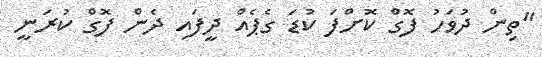
"ތިން ދުވަހު ފޮގް ކޮށްފަ ކުޑަ ގެޕެއް ދީފައި ދެން ފޮގް ކުރަނީ